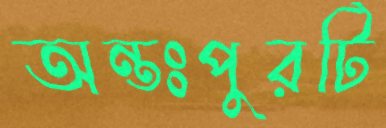
অন্তঃপুরটি